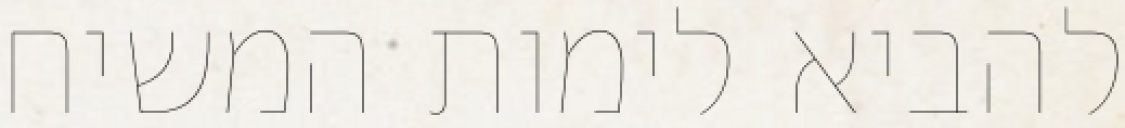
להביא לימות המשיח